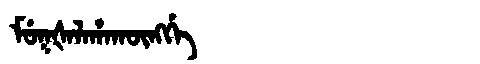
Manchu: ᠮᡠᡴᡧᠠᠯᠠᡥᠠᡴᡡᠩᡤᡝ
Romanization: MUKŠALAHAKŪNGGE